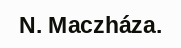
N. Maczháza.